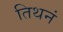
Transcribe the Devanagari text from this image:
तिथनं